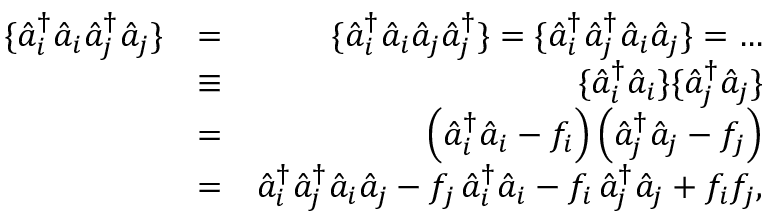
\begin{array} { r l r } { \{ \hat { a } _ { i } ^ { \dagger } \hat { a } _ { i } \hat { a } _ { j } ^ { \dagger } \hat { a } _ { j } \} } & { = } & { \{ \hat { a } _ { i } ^ { \dagger } \hat { a } _ { i } \hat { a } _ { j } \hat { a } _ { j } ^ { \dagger } \} = \{ \hat { a } _ { i } ^ { \dagger } \hat { a } _ { j } ^ { \dagger } \hat { a } _ { i } \hat { a } _ { j } \} = \dots } \\ & { \equiv } & { \{ \hat { a } _ { i } ^ { \dagger } \hat { a } _ { i } \} \{ \hat { a } _ { j } ^ { \dagger } \hat { a } _ { j } \} } \\ & { = } & { \left( \hat { a } _ { i } ^ { \dagger } \hat { a } _ { i } - f _ { i } \right) \left( \hat { a } _ { j } ^ { \dagger } \hat { a } _ { j } - f _ { j } \right) } \\ & { = } & { \hat { a } _ { i } ^ { \dagger } \hat { a } _ { j } ^ { \dagger } \hat { a } _ { i } \hat { a } _ { j } - f _ { j } \, \hat { a } _ { i } ^ { \dagger } \hat { a } _ { i } - f _ { i } \, \hat { a } _ { j } ^ { \dagger } \hat { a } _ { j } + f _ { i } f _ { j } , } \end{array}